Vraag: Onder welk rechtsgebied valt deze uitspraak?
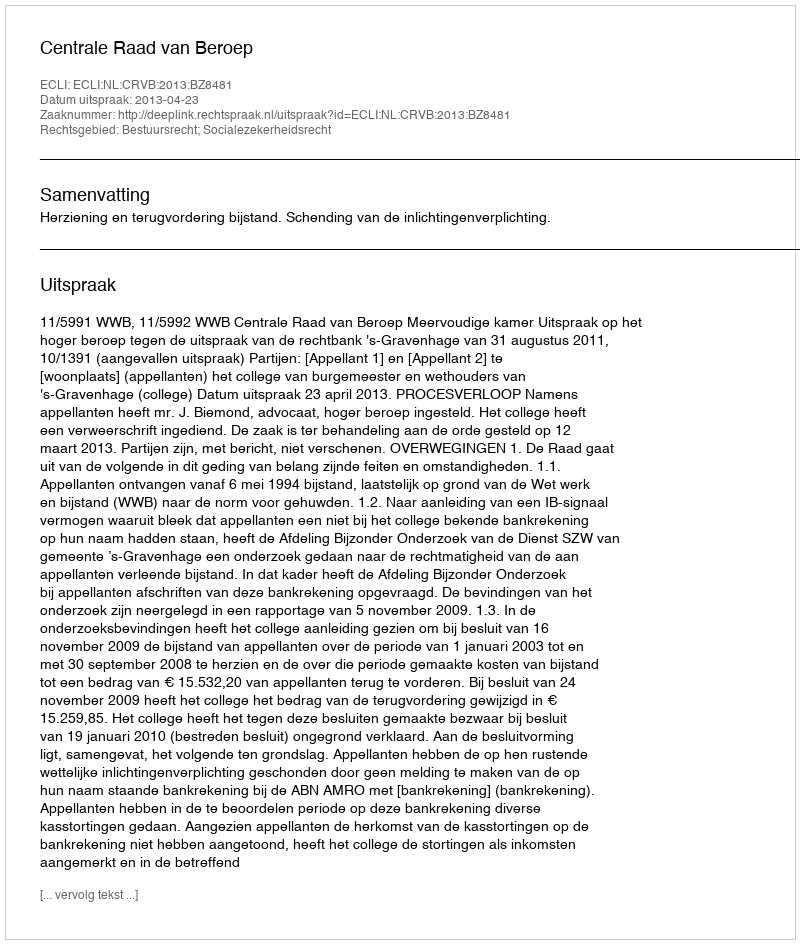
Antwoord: Bestuursrecht; Socialezekerheidsrecht